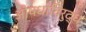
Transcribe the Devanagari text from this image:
औषधांविरुद्ध